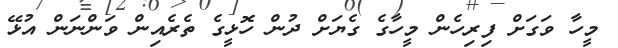
މީހާ ވަގަށް ފިރިހެން މީހާގެ ގެޔަށް ދުން ހޮޅީގެ ތެރެއިން ވަންނަން އުޅޭ